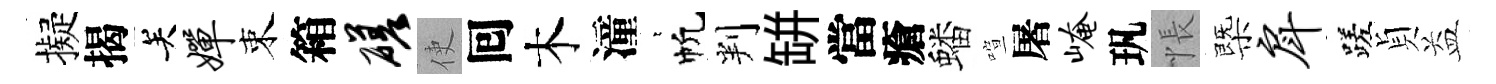
擬揭关婵束箱磋使囘木潼萋帆判缾當瘡蟠喧屠崦㺬悵㮣戽蹉貞益